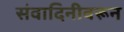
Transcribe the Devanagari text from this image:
संवादिनीवरून